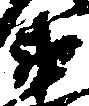
衛